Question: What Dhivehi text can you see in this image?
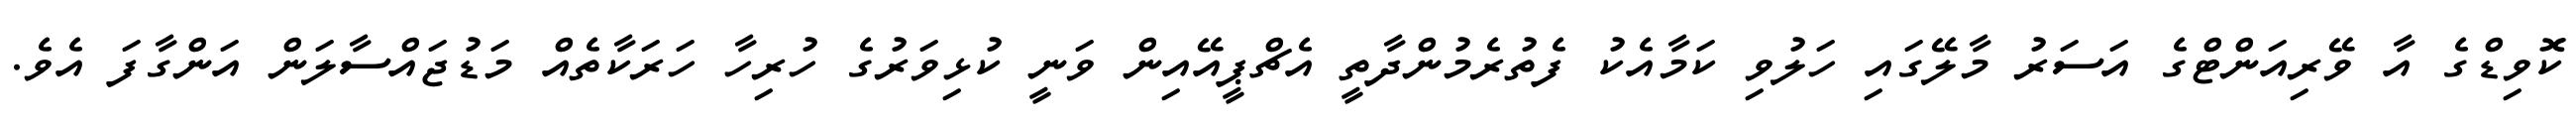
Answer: ކޮވިޑްގެ އާ ވޭރިއަންޓްގެ އަސަރު މާލޭގައި ހަލުވި ކަމާއެކު ފެތުރެމުންދާތީ އެޗްޕީއޭއިން ވަނީ ކުޅިވަރުގެ ހުރިހާ ހަރަކާތެއް މަޑުޖައްސާލަން އަންގާފަ އެވެ.